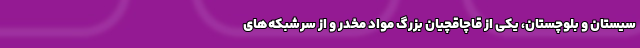
سیستان و بلوچستان، یکی از قاچاقچیان بزرگ مواد مخدر و از سرشبکه‌های